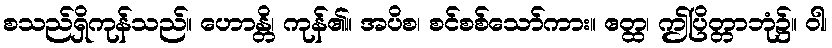
စသည်ရှိကုန်သည်။ ဟောန္တိ၊ ကုန်၏။ အပိစ၊ စင်စစ်သော်ကား။ ဧတ္ထ၊ ဤပြိတ္တာဘုံ၌။ ဝါ၊